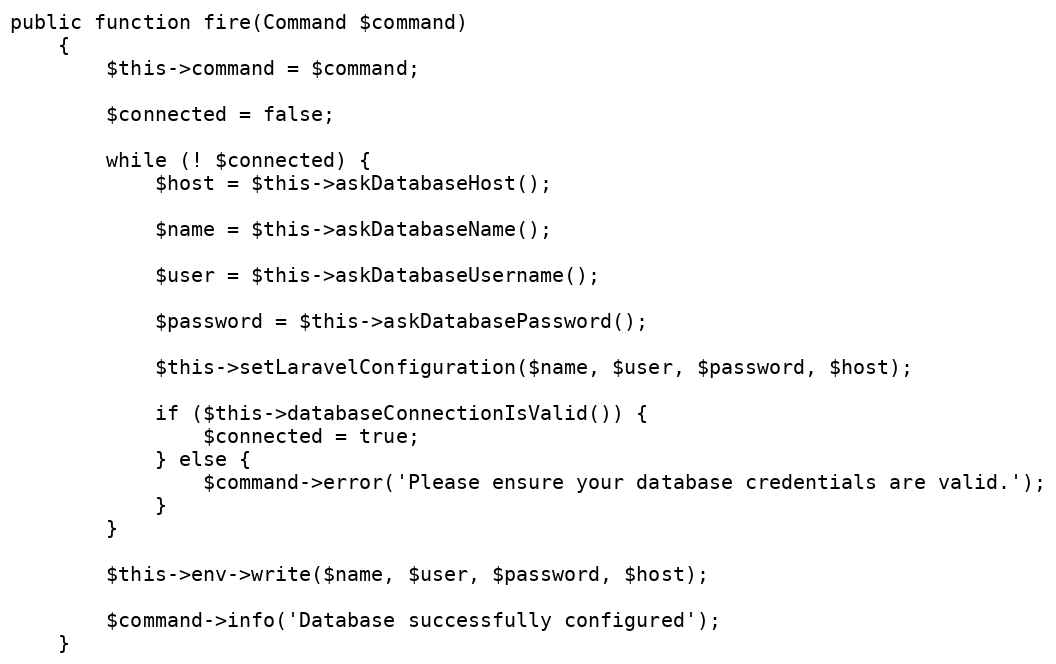
Language: PHP
public function fire(Command $command)
    {
        $this->command = $command;

        $connected = false;

        while (! $connected) {
            $host = $this->askDatabaseHost();

            $name = $this->askDatabaseName();

            $user = $this->askDatabaseUsername();

            $password = $this->askDatabasePassword();

            $this->setLaravelConfiguration($name, $user, $password, $host);

            if ($this->databaseConnectionIsValid()) {
                $connected = true;
            } else {
                $command->error('Please ensure your database credentials are valid.');
            }
        }

        $this->env->write($name, $user, $password, $host);

        $command->info('Database successfully configured');
    }